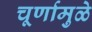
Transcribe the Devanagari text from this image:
चूर्णामुळे